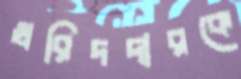
খরিদদারকে